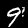
Digit: 9